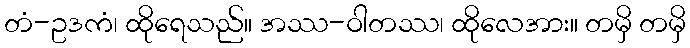
တံ-ဥဒကံ၊ ထိုရေသည်။ အဿ-ဝါတဿ၊ ထိုလေအား။ တမှိ တမှိ